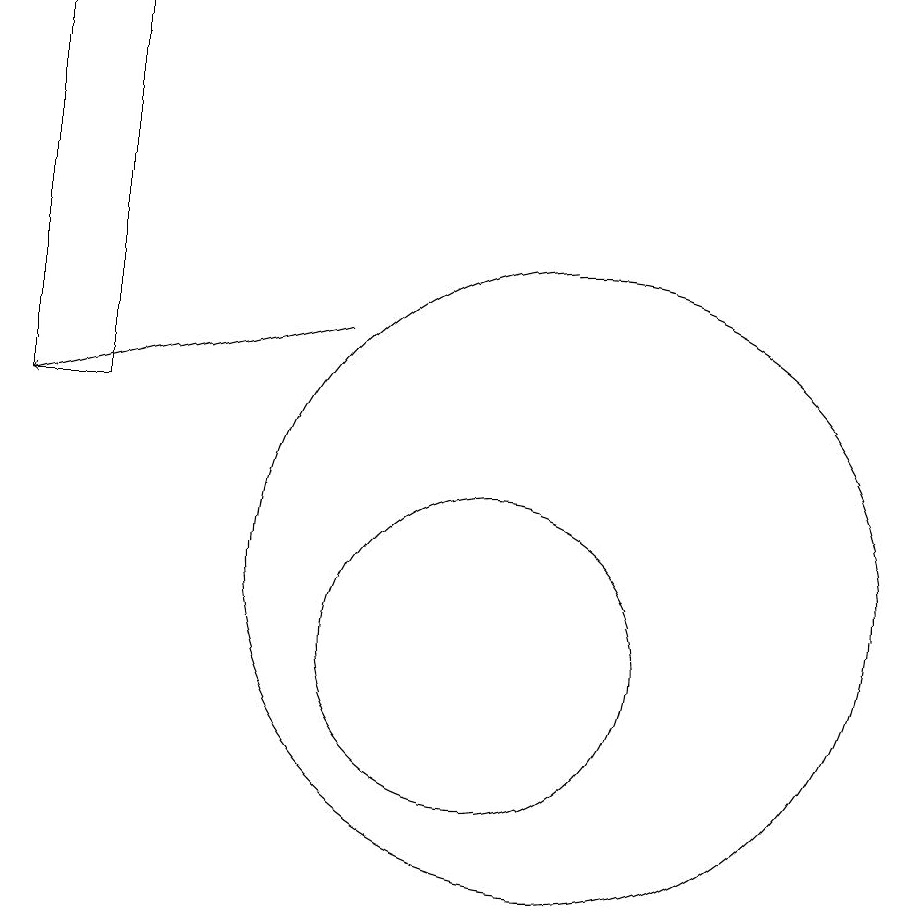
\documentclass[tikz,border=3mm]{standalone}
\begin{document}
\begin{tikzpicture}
\draw[->] (8,15) -- (4,14);
\draw (11,12) circle (4);
\draw (10,11) circle (2);
\draw (5,19) rectangle (4,14);
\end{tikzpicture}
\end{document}